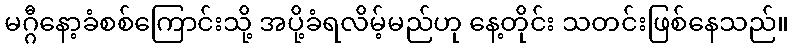
မဂ္ဂီနော့ခံစစ်ကြောင်းသို့ အပို့ခံရလိမ့်မည်ဟု နေ့တိုင်း သတင်းဖြစ်နေသည်။